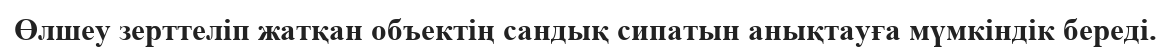
Өлшеу зерттеліп жатқан объектің сандық сипатын анықтауға мүмкіндік береді.